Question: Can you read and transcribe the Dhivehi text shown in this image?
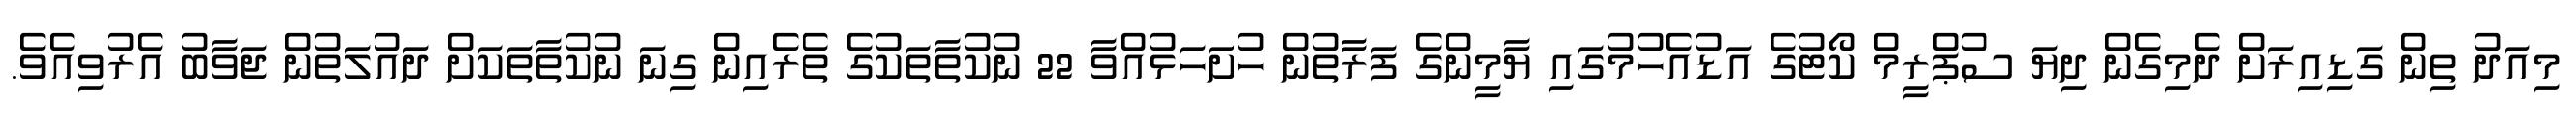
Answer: މިއަދު ތިން ގަޑިއިރަށް ދެމިގެން ދިޔަ ސުޕްރީމް ކޯޓުގެ އަޑުއެހުމުގައި ޔާމީންގެ ފަރާތުން ހުށަހަޅުއްވާ 22 ނުކުތާތަކުގެ ތެރެއިން ގިނަ ނުކުތާތަކަށް ދައުލަތުން ޖަވާބު އެރުވިއެވެ.